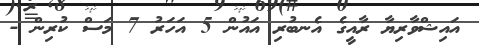
އައިޝްވާރިޔާ ރާއީގެ އެނބުރި އައުން 5 އަހަރު 7 މަސް ކުރިން -